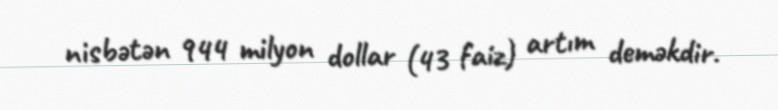
nisbətən 944 milyon dollar (43 faiz) artım deməkdir.